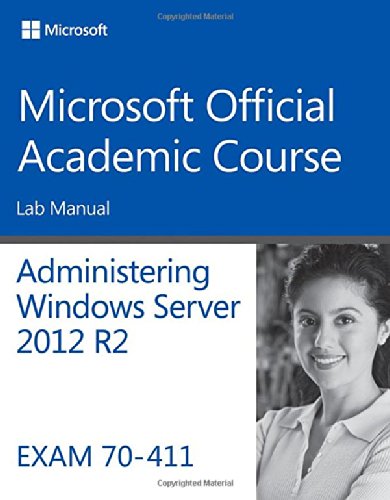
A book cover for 70-411 Administering Windows Server 2012 R2 Lab Manual (Microsoft Official Academic Course); Microsoft Official Academic Course; Computers & Technology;